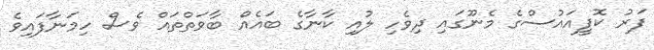
ފަރު ކޮފީއައުސްގެ މެނޫގައި ދިވެހި ލުއި ކާނާގެ ބައެއް ބާވަތްތައް ވެސް ހިމަނާފައިވެ